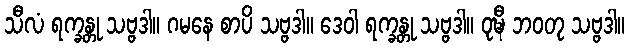
သီလံ ရက္ခန္တု သဗ္ဗဒါ။ ဂမနေ စာပိ သဗ္ဗဒါ။ ဒေဝါ ရက္ခန္တု သဗ္ဗဒါ။ ဝုဍ္ဎီ ဘဝတု သဗ္ဗဒါ။